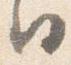
日